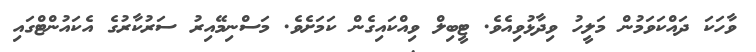
ވާހަކަ ދައްކަވަމުން މަލީހު ވިދާޅުވިއެވެ. ޓީބިލް ވިއްކައިގެން ކަމަށެވެ. މަސްނިމޭއިރު ސަރުކާރުގެ އެކައުންޓްގައި